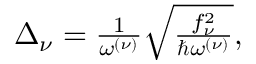
\begin{array} { r } { \Delta _ { \nu } = \frac 1 { \omega ^ { ( \nu ) } } \sqrt { \frac { f _ { \nu } ^ { 2 } } { \hbar \omega ^ { ( \nu ) } } } , } \end{array}